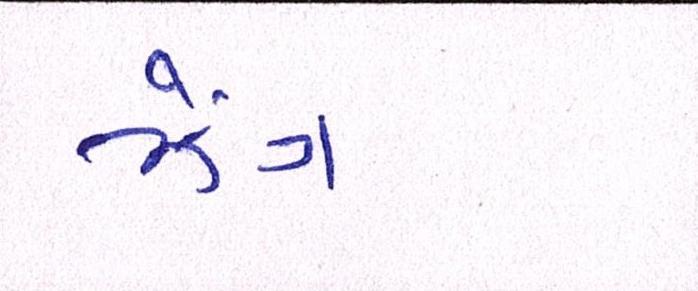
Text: ઝેંગ